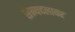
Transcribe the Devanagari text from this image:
सैन्यदलावर